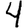
Digit: 4